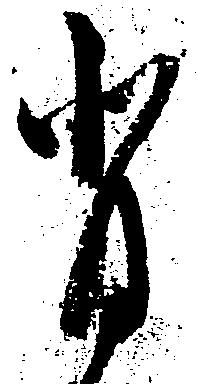
背